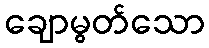
ချောမွတ်သော